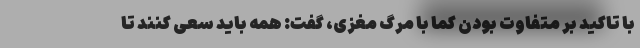
با تاکید بر متفاوت بودن کما با مرگ مغزی، گفت: همه باید سعی کنند تا